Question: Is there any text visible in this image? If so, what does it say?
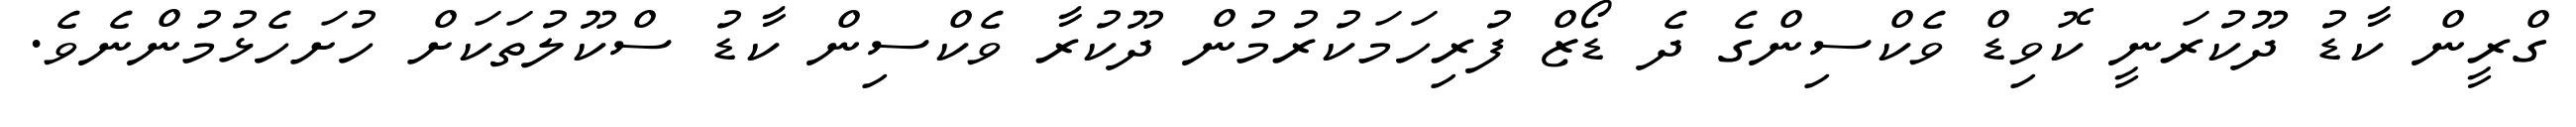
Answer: ގްރީން ކާޑު ދޫކުރަނީ ކޮވިޑް ވެކްސިންގެ ދެ ޑޯޒް ފުރިހަމަކުރުމުން ދޫކުރާ ވެކްސިން ކާޑު ސްކޫލުތަކަށް ހުށަހެޅުމުންނެވެ.